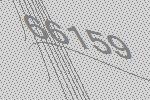
66159